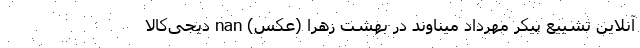
آنلاین تشییع پیکر مهرداد میناوند در بهشت زهرا (عکس) nan دیجی‌کالا